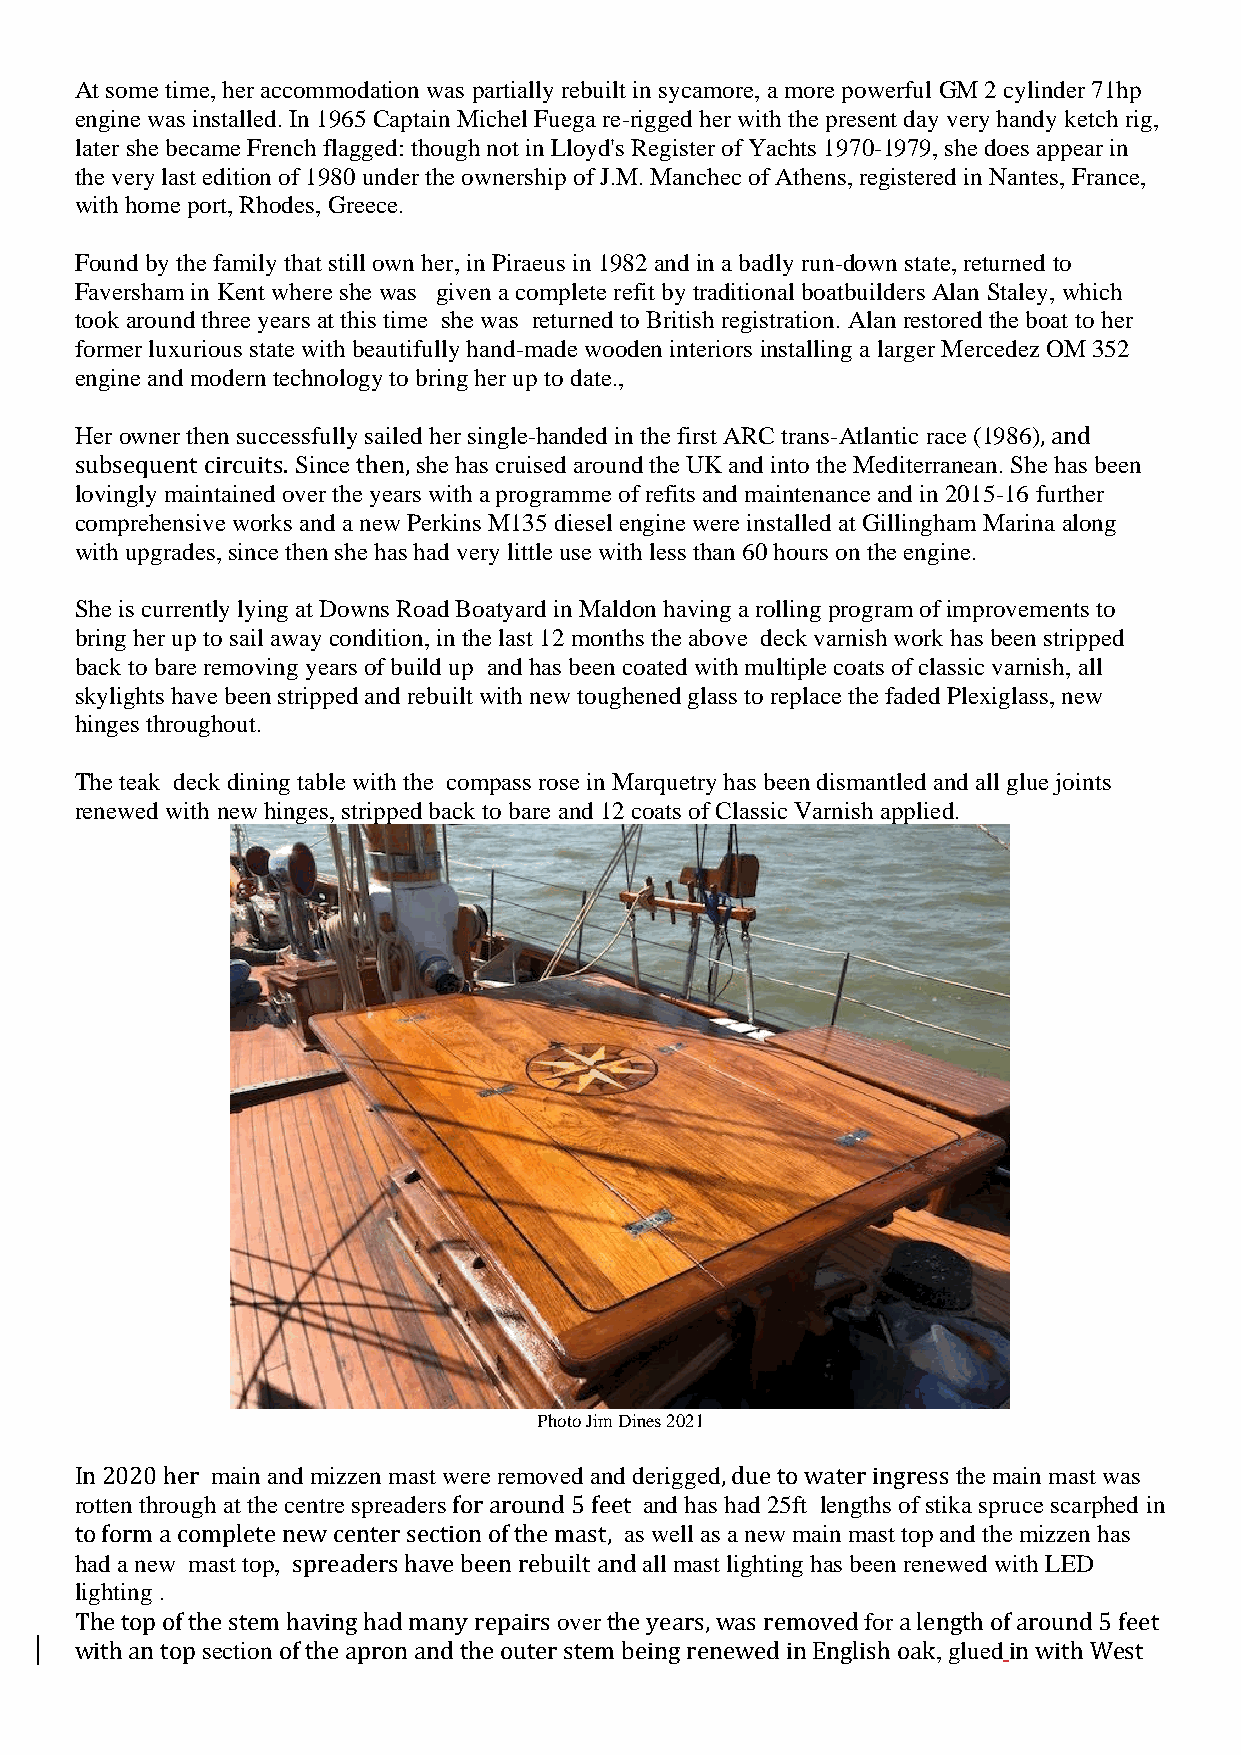
At some time, her accommodation was partially rebuilt in sycamore, a more powerful GM 2 cylinder 71hp
 engine was installed. In 1965 Captain Michel Fuega re-rigged her with the present day very handy ketch rig,
 later she became French flagged: though not in Lloyd's Register of Yachts 1970-1979, she does appear in
 the very last edition of 1980 under the ownership of J.M. Manchec of Athens, registered in Nantes, France,
 with home port, Rhodes, Greece.
 Found by the family that still own her, in Piraeus in 1982 and in a badly run-down state, returned to
 Faversham in Kent where she was given a complete refit by traditional boatbuilders Alan Staley, which
 took around three years at this time she was returned to British registration. Alan restored the boat to her
 former luxurious state with beautifully hand-made wooden interiors installing a larger Mercedez OM 352
 engine and modern technology to bring her up to date.,
 Her owner then successfully sailed her single-handed in the first ARC trans-Atlantic race (1986), and
 subsequent circuits. Since then, she has cruised around the UK and into the Mediterranean. She has been
 lovingly maintained over the years with a programme of refits and maintenance and in 2015-16 further
 comprehensive works and a new Perkins M135 diesel engine were installed at Gillingham Marina along
 with upgrades, since then she has had very little use with less than 60 hours on the engine.
 She is currently lying at Downs Road Boatyard in Maldon having a rolling program of improvements to
 bring her up to sail away condition, in the last 12 months the above deck varnish work has been stripped
 back to bare removing years of build up and has been coated with multiple coats of classic varnish, all
 skylights have been stripped and rebuilt with new toughened glass to replace the faded Plexiglass, new
 hinges throughout.
 The teak deck dining table with the compass rose in Marquetry has been dismantled and all glue joints
 renewed with new hinges, stripped back to bare and 12 coats of Classic Varnish applied.
 Photo Jim Dines 2021
 In 2020 her main and mizzen mast were removed and derigged, due to water ingress the main mast was
 rotten through at the centre spreaders for around 5 feet and has had 25ft lengths of stika spruce scarphed in
 to form a complete new center section of the mast, as well as a new main mast top and the mizzen has
 had a new mast top, spreaders have been rebuilt and all mast lighting has been renewed with LED
 lighting .
 The top of the stem having had many repairs over the years, was removed for a length of around 5 feet
 with an top section of the apron and the outer stem being renewed in English oak, glued in with West